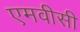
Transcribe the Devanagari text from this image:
एमवीसी